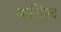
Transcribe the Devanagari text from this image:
बालिवुद